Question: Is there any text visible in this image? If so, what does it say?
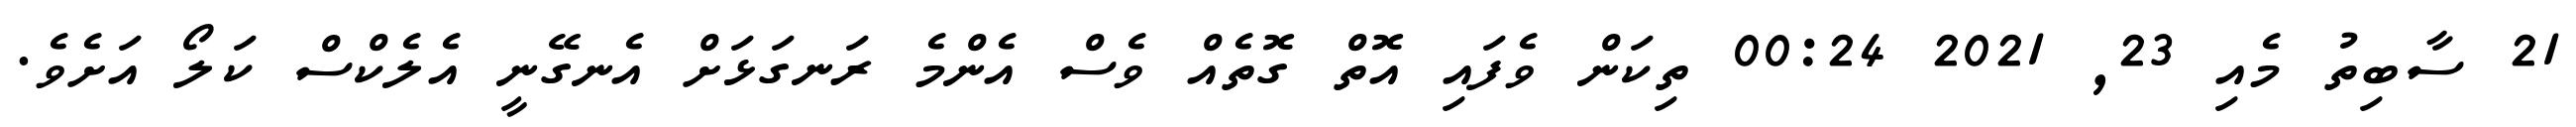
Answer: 21 ސާބިތު މެއި 23, 2021 00:24 ތިކަން ވެފައި އޮތް ގޮތެއް ވެސް އެންމެ ރަނގަޅަށް އެނގޭނީ އެލެކްސް ކަލޯ އަށެވެ.